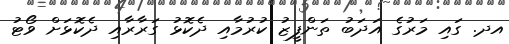
އދ. ގައި މަރުގެ އަދަބު ތަންފީޒު ކުރުމާއި ދެކޮޅު ގަރާރާއި ދެކޮޅަށް ވޯޓު